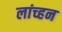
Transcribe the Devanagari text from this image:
लांच्हन